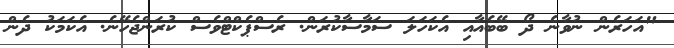
"އަހަރެން ނުވާނެ ދޯ ބޭބެއާއި އެކަހަލަ ސަމާސާކުރަން. ރެސްޕެކްޓްވެސް ކުރަންޖެހޭނެ. އެކަމަކު ދެން